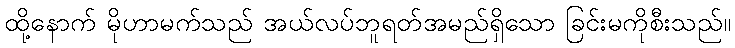
ထို့နောက် မိုဟာမက်သည် အယ်လပ်ဘူရတ်အမည်ရှိသော ခြင်းမကိုစီးသည်။